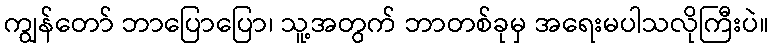
ကျွန်တော် ဘာပြောပြော၊ သူ့အတွက် ဘာတစ်ခုမှ အရေးမပါသလိုကြီးပဲ။